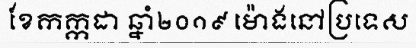
ខែកក្កដា ឆ្នាំ២០១៩ ម៉ោងនៅប្រទេស